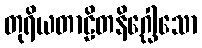
တုရိယတာဠိတနိဂ္ဃေါသော